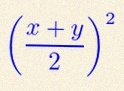
\left(\frac{x+y}{2}\right)^2